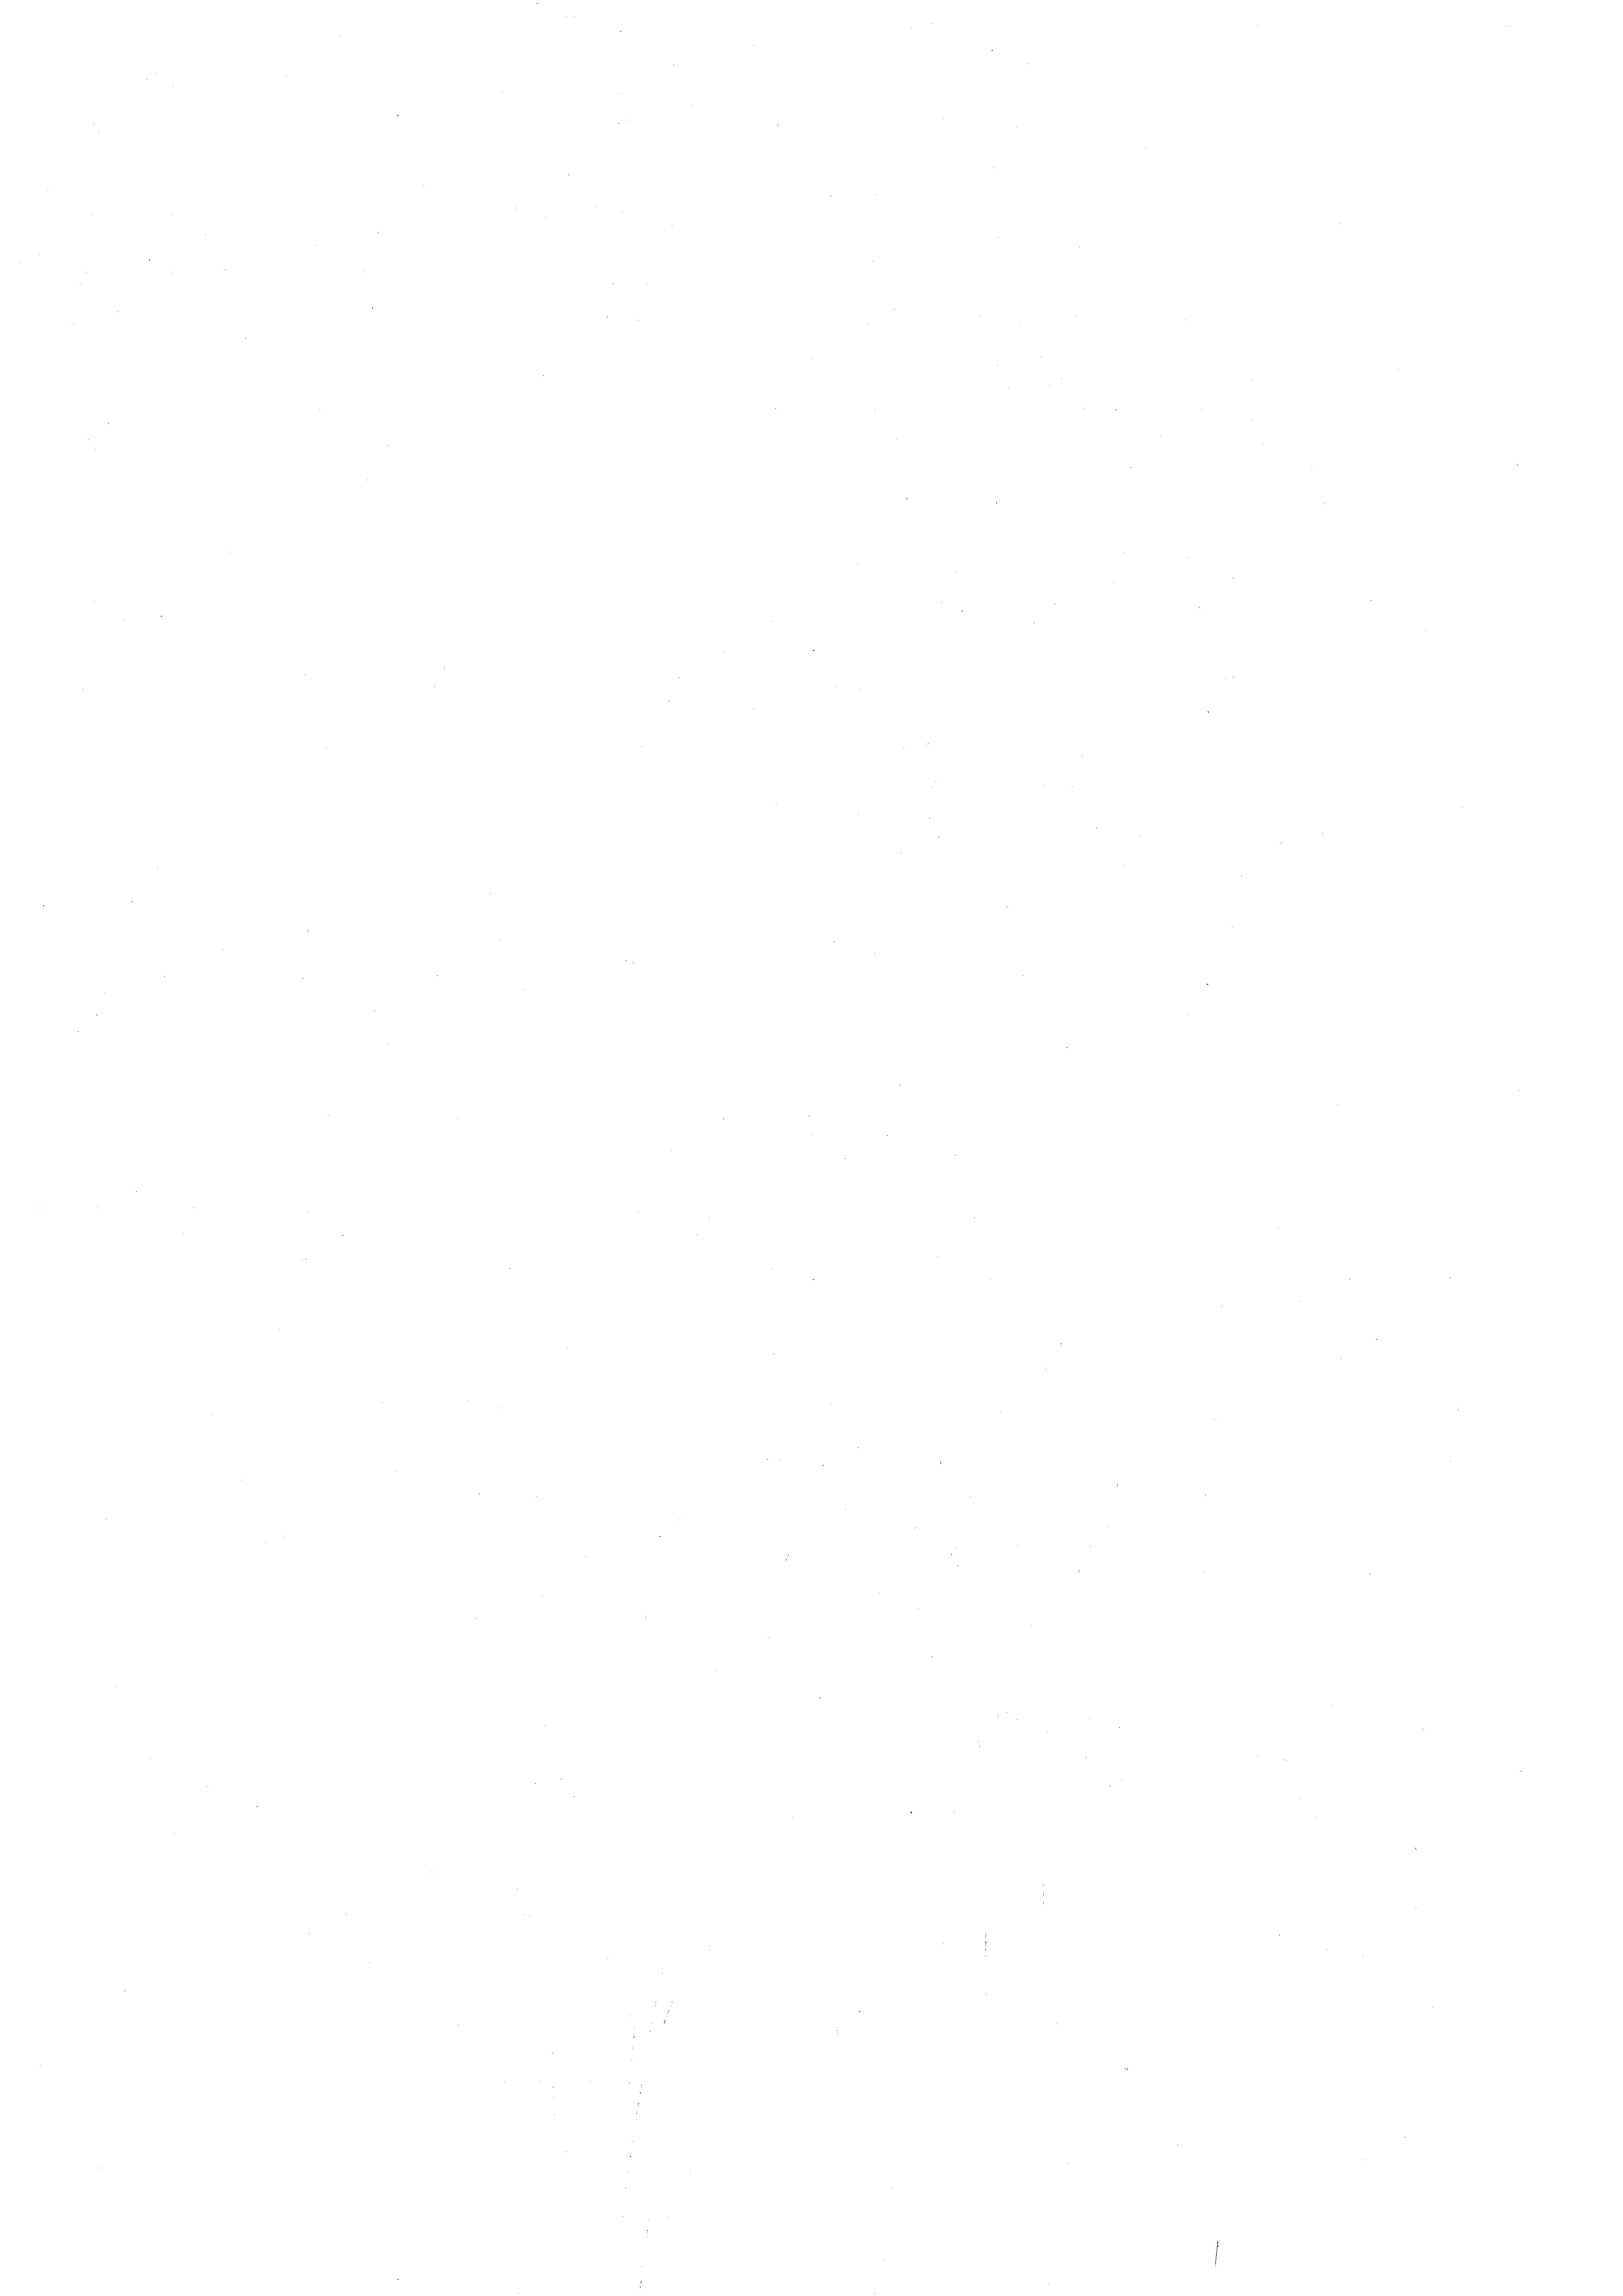
e

n

e
e

e

e

¬

¬

e
e

224

¬

2
e
e
n

¬
n
¬
e

e

e

.
n
e

5
n
i

¬

e
¬
n

n

e
e

¬

e
e

e

¬

u

¬
¬
e
¬
e

e
e
.
.
e
e

d

.

e

.

e
e
e
e
e
.
¬
e
e
e
¬
.
e
65. 28

e

e
.
e
e
2
e
.

n
n
e
e
¬
d
e
2
.
e
.
e
e
n
¬
e
e
e
¬
n
.
e
e
e
¬
e
d
n
e
e
e
e
e
e
e
e
e
.
e
.
¬
n
e
e
¬
.
¬
e

n

.

2

.
e
e

.

.

e
n
e
¬
.
e
e
¬
e

d

e

e

e